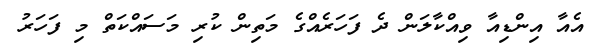
އެއާ އިންޑިއާ ވިއްކާލަން ދެ ފަހަރެއްގެ މަތިން ކުރިި މަސައްކަތް މި ފަހަރު